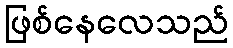
ဖြစ်နေလေသည်